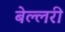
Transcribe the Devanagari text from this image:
बेल्लरी